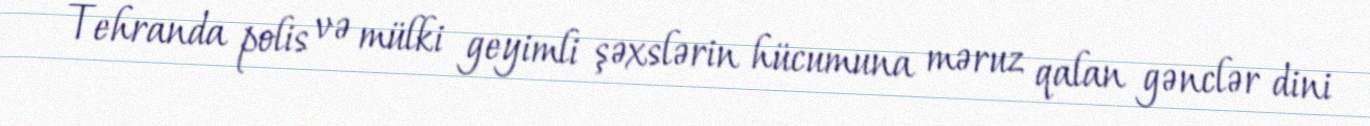
Tehranda polis və mülki geyimli şəxslərin hücumuna məruz qalan gənclər dini